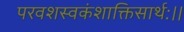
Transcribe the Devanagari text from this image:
परवशस्वकंशाक्तिसार्थः।।